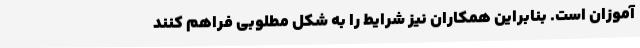
آموزان است. بنابراین همکاران نیز شرایط را به شکل مطلوبی فراهم کنند